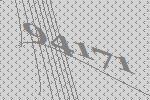
94171